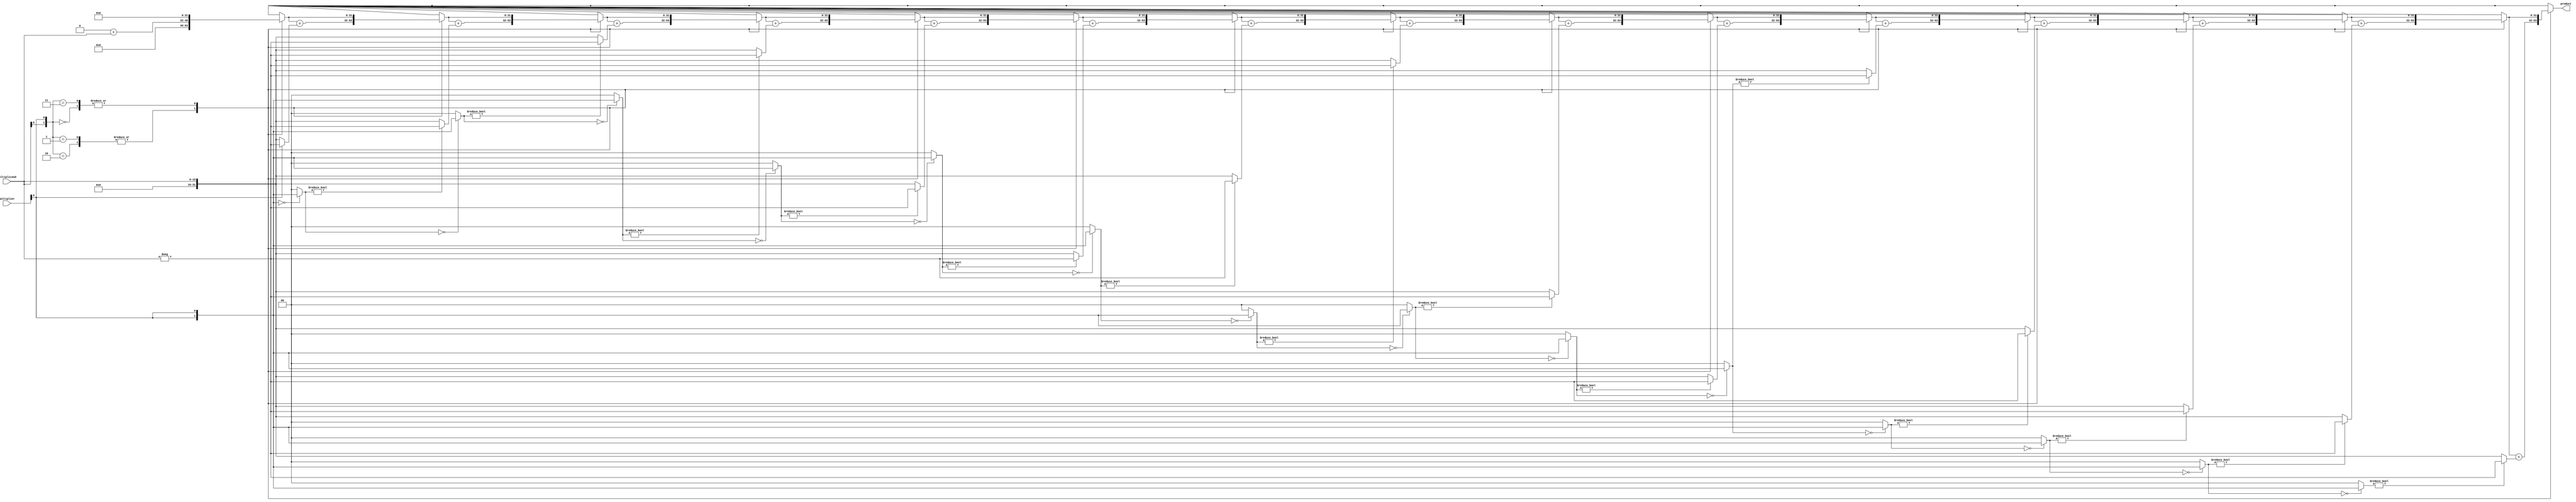
module booth_multiplier(
    input [15:0] multiplicand,
    input [15:0] multiplier,
    output reg [31:0] product
);

reg [15:0] a;
reg [15:0] p;
reg [1:0] selector;
reg [31:0] accumulator;
reg [1:0] counter;

always @ (mulitplicand or multiplier)
begin
    a = multiplicand;
    p = multiplier;
    selector = 2'b00;
    accumulator = 0;
    counter = 0;
    
    repeat(16)
    begin
        case({a[0], p[0]})
            2'b00: begin // Both bits are 0
                // No operation needed
            end
            2'b01, 2'b10:begin // One bit is 0 and the other is 1
                accumulator = accumulator + (selector ? -a : a);
            end
            2'b11:begin // Both bits are 1
                // No operation needed
            end
        endcase
        
        a = {a[15], a};
        
        if(selector == 2'b00)
            selector = {p[0], p[0]};
        else
            selector = 2'b00;
        
        p = {p[15], p};
    end
    
    product = accumulator;
end

endmodule